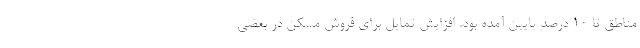
مناطق تا ۱۰ درصد پایین آمده بود. افزایش تمایل برای فروش مسکن در بعضی